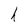
Character: h